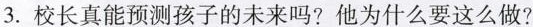
__3. 校长真能预测孩子的未来吗?他为什么要这么做?